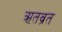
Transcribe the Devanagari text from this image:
ऋतव्रत